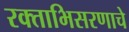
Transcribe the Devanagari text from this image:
रक्ताभिसरणाचे